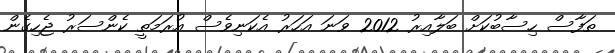
ތަފާސް ހިސާބުކަށް ބަލާއިރު 2012 ވަނަ އަހަރު އެކަނިވެސް އުރަމަތީ ކެންސަރު ޖެހިގެން